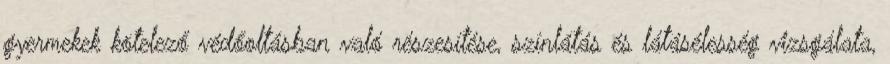
gyermekek kötelező védőoltásban való részesítése, színlátás és látásélesség vizsgálata,